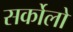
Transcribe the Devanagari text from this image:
सर्कोलो